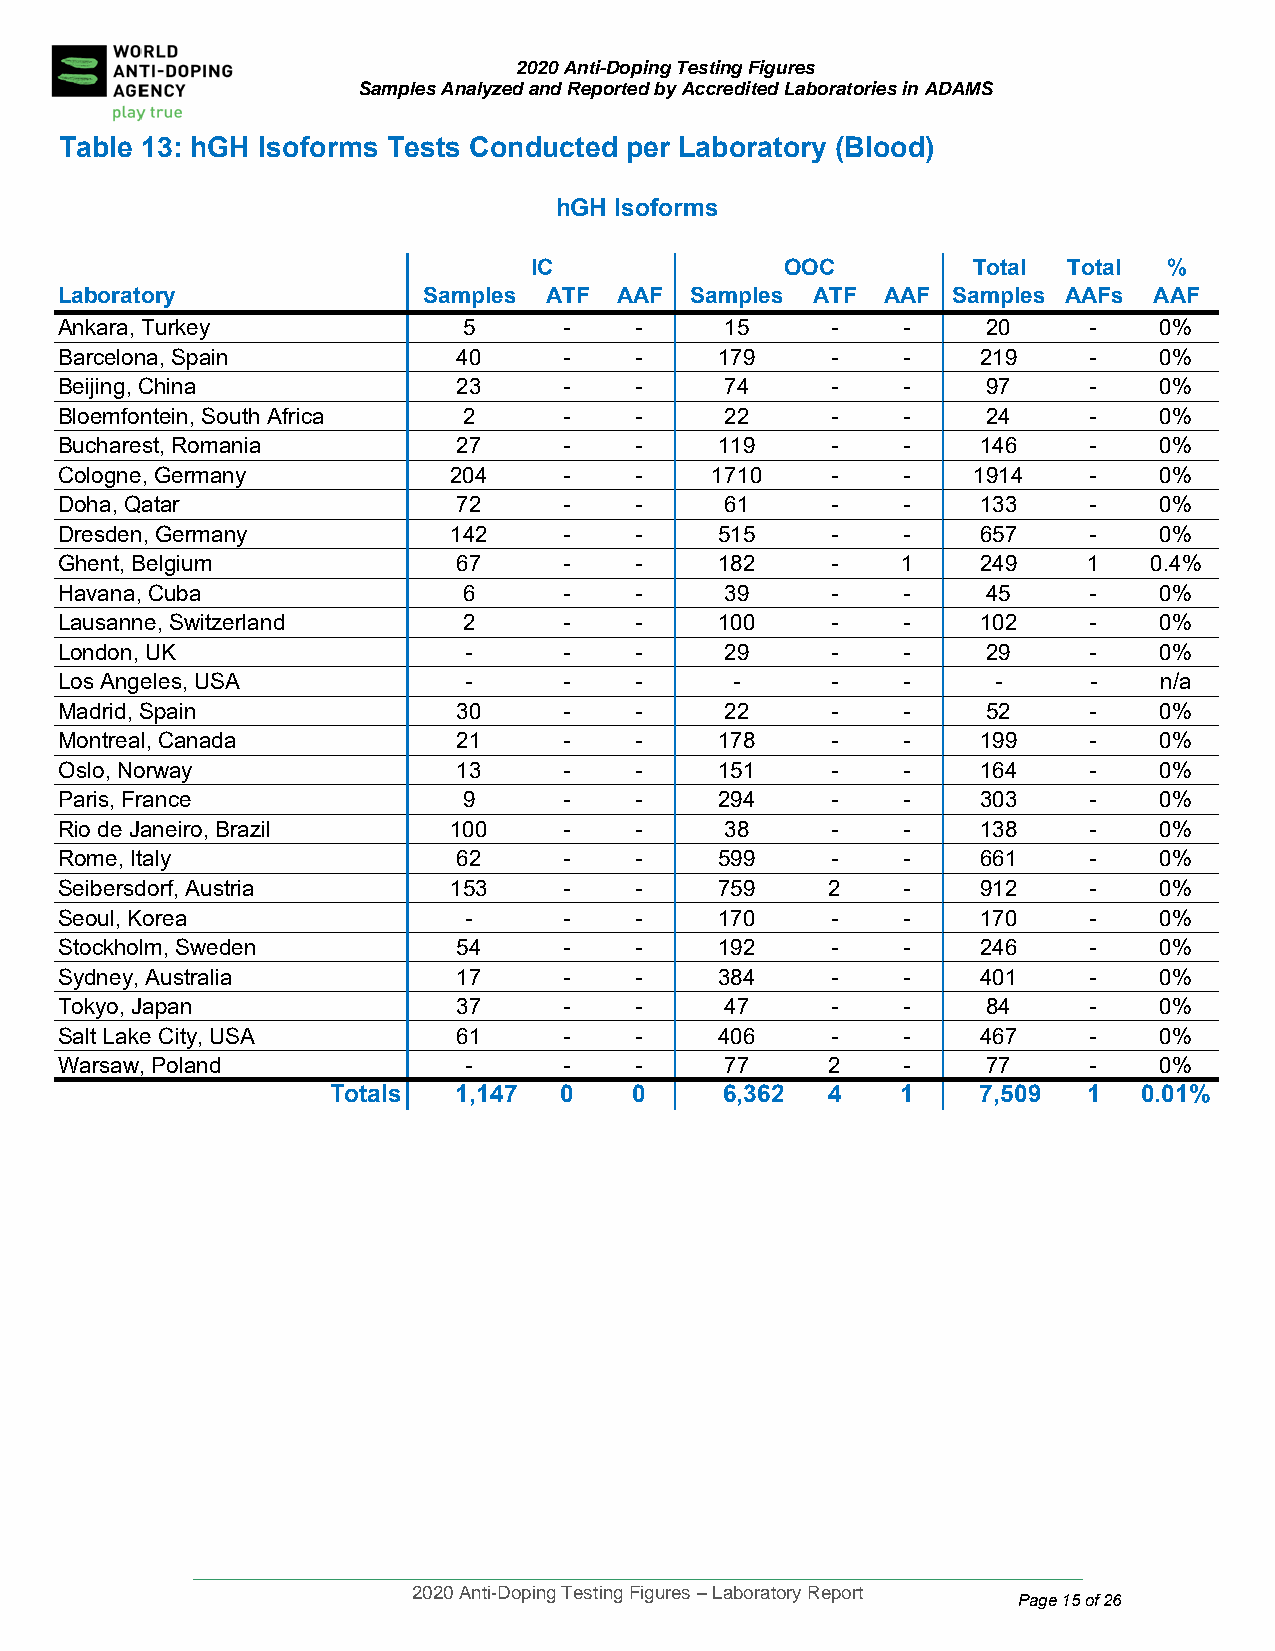
2020 Anti-Doping Testing Figures
 Samples Analyzed and Reported by Accredited Laboratories in ADAMS
 Table 13: hGH Isoforms Tests Conducted per Laboratory (Blood)
 hGH Isoforms
 IC               OOC         Total  Total %
 Laboratory              Samples ATF  AAF  Samples ATF  AAF Samples AAFs AAF
 Ankara, Turkey             5     -    -     15     -    -    20     -    0%
 Barcelona, Spain          40     -    -     179    -    -    219    -    0%
 Beijing, China            23     -    -     74     -    -    97     -    0%
 Bloemfontein, South Africa 2     -    -     22     -    -    24     -    0%
 Bucharest, Romania        27     -    -     119    -    -    146    -    0%
 Cologne, Germany          204    -    -    1710    -    -    1914   -    0%
 Doha, Qatar               72     -    -     61     -    -    133    -    0%
 Dresden, Ger many         142    -    -     515    -    -    657    -    0%
 Ghent, Belgiu m           67     -    -     182    -    1    249    1   0.4%
 Havana, Cub a              6     -    -     39     -    -    45     -    0%
 Lausanne, Sw itzerland     2     -    -     100    -    -    102    -    0%
 London, UK                 -     -    -     29     -    -    29     -    0%
 Los Angeles, USA           -     -    -      -     -    -     -     -    n/a
 Madrid, Spain             30     -    -     22     -    -    52     -    0%
 Montreal, Canada          21     -    -     178    -    -    199    -    0%
 Oslo, Norway              13     -    -     151    -    -    164    -    0%
 Paris, France              9     -    -     294    -    -    303    -    0%
 Rio de Janeiro, Brazil    100    -    -     38     -    -    138    -    0%
 Rome, Italy               62     -    -     599    -    -    661    -    0%
 Seibersdorf, Austria      153    -    -     759    2    -    912    -    0%
 Seoul, Korea               -     -    -     170    -    -    170    -    0%
 Stockholm, Sweden         54     -    -     192    -    -    246    -    0%
 Sydney, Australia         17     -    -     384    -    -    401    -    0%
 Tokyo, Japan              37     -    -     47     -    -    84     -    0%
 Salt Lake City , USA      61     -    -     406    -    -    467    -    0%
 Warsaw, Pola nd            -     -    -     77     2    -    77     -    0%
 Totals  1,147  0    0     6,362  4    1    7,509  1   0.01%
 ____________________________________________________________________________________
 2020 Anti-Doping Testing Figures – Laboratory Report
 Page 15 of 26